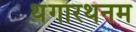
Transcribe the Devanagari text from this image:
थंगारथनम